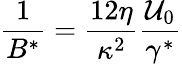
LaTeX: \frac{1}{B^{*}}=\frac{12\eta}{\kappa^{2}}\frac{\mathcal{U}_{0}}{\gamma^{*}}